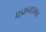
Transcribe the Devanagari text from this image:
प्रज्ञानधमन